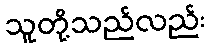
သူတို့သည်လည်း